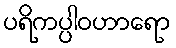
ပရိကပ္ပါဝဟာရော